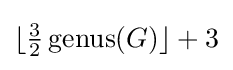
\lfloor {\tfrac {3}{2}}\operatorname {genus} (G)\rfloor +3